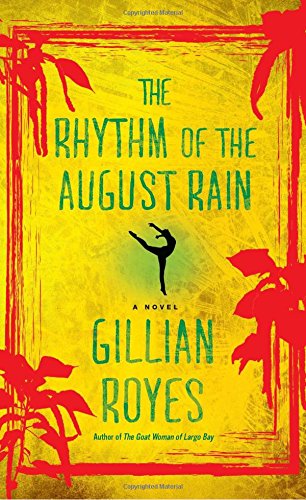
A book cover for The Rhythm of the August Rain: A Novel (A Shadrack Myers Mystery); Gillian Royes; Mystery, Thriller & Suspense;